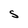
Character: S